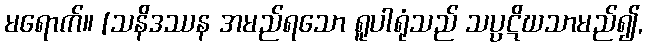
မရောက်။ [သနိဒဿန အမည်ရသော ရူပါရုံသည် သပ္ပဋိဃသာမည်၍,